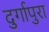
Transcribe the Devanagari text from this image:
दुर्गापुरा